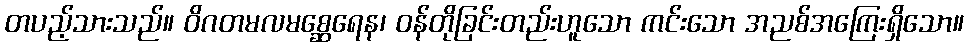
တပည့်သားသည်။ ဝိဂတမလမစ္ဆေရေန၊ ဝန်တိုခြင်းတည်းဟူသော ကင်းသော အညစ်အကြေးရှိသော။